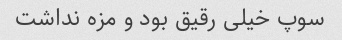
سوپ خیلی رقیق بود و مزه نداشت